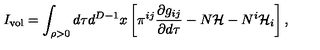
I _ { \mathrm { v o l } } = \int _ { \rho > 0 } d \tau d ^ { D - 1 } x \left[ \pi ^ { i j } \frac { \partial g _ { i j } } { \partial d \tau } - N { \cal H } - N ^ { i } { \cal H } _ { i } \right] ,